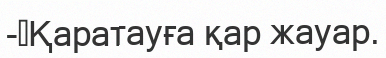
-	Қаратауға қар жауар.